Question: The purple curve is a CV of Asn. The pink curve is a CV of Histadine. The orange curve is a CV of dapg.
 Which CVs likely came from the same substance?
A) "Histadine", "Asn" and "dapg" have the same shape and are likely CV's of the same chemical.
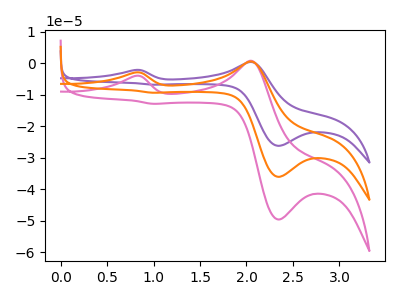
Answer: <think>The purple curve "Asn" has anodic peaks at (0.80V, -5.85uA) (2.05V, 1.15uA) and cathodic peaks at (2.35V, -72.15uA) (1.00V, -18.70uA). The pink curve "Histadine" has anodic peaks at (0.80V, -4.00uA) (2.05V, 0.80uA) and cathodic peaks at (2.35V, -49.60uA) (1.00V, -12.85uA). The orange curve "dapg" has anodic peaks at (0.80V, -2.90uA) (2.05V, 0.60uA) and cathodic peaks at (2.35V, -36.05uA) (1.00V, -9.35uA).
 All the peaks in "Asn" have a peak in "Histadine" at the same potential. All the peaks in "Asn" have a peak in "dapg" at the same potential. All the peaks in "Histadine" have a peak in "dapg" at the same potential.</think>
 <answer>A) "Histadine", "Asn" and "dapg" have the same shape and are likely CV's of the same chemical.</answer>
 <eval>A</eval>